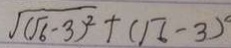
\sqrt { ( \sqrt { 6 } - 3 ) ^ { 2 } } + ( \sqrt { 6 } - 3 ) ^ { \circ }